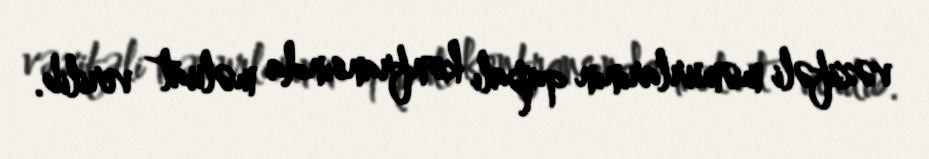
vəzifəli məmurlarının qapalı konfransında məluat verilib.